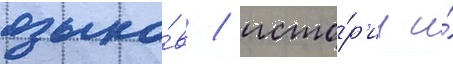
языко́в / исто́р'ии и́